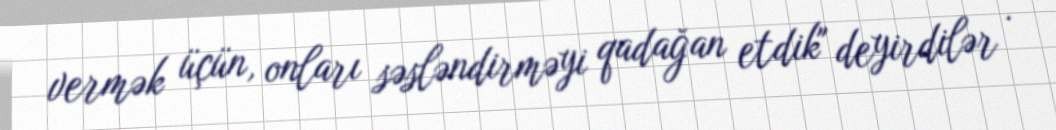
vermək üçün, onları səsləndirməyi qadağan etdik" deyirdilər .